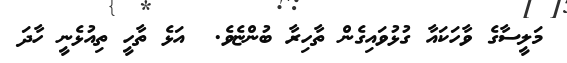
މަލީސާގެ ވާހަކައާ ގުޅުވައިގެން ތާހިރާ ބުންޏެވެ.  އަޅެ ތާހީ ތިއުޅެނީ ހާދަ